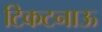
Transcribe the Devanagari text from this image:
टिकटनाऊ